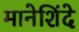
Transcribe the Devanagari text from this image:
मानेशिंदे